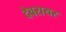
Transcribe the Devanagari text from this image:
देवरायर